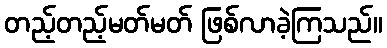
တည့်တည့်မတ်မတ် ဖြစ်လာခဲ့ကြသည်။